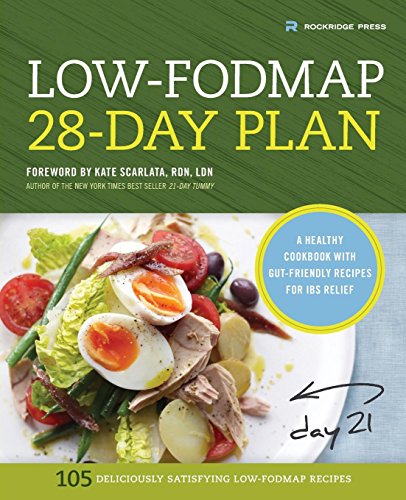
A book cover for Low-Fodmap 28-Day Plan: A Healthy Cookbook with Gut-Friendly Recipes for IBS Relief; Health, Fitness & Dieting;